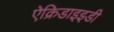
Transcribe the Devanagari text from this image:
ऐक्रिडाइइडी